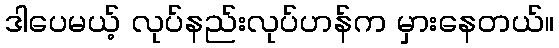
ဒါပေမယ့် လုပ်နည်းလုပ်ဟန်က မှားနေတယ်။